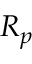
R _ { p }